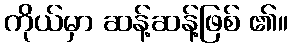
ကိုယ်မှာ ဆန့်ဆန့်ဖြစ် ၏။